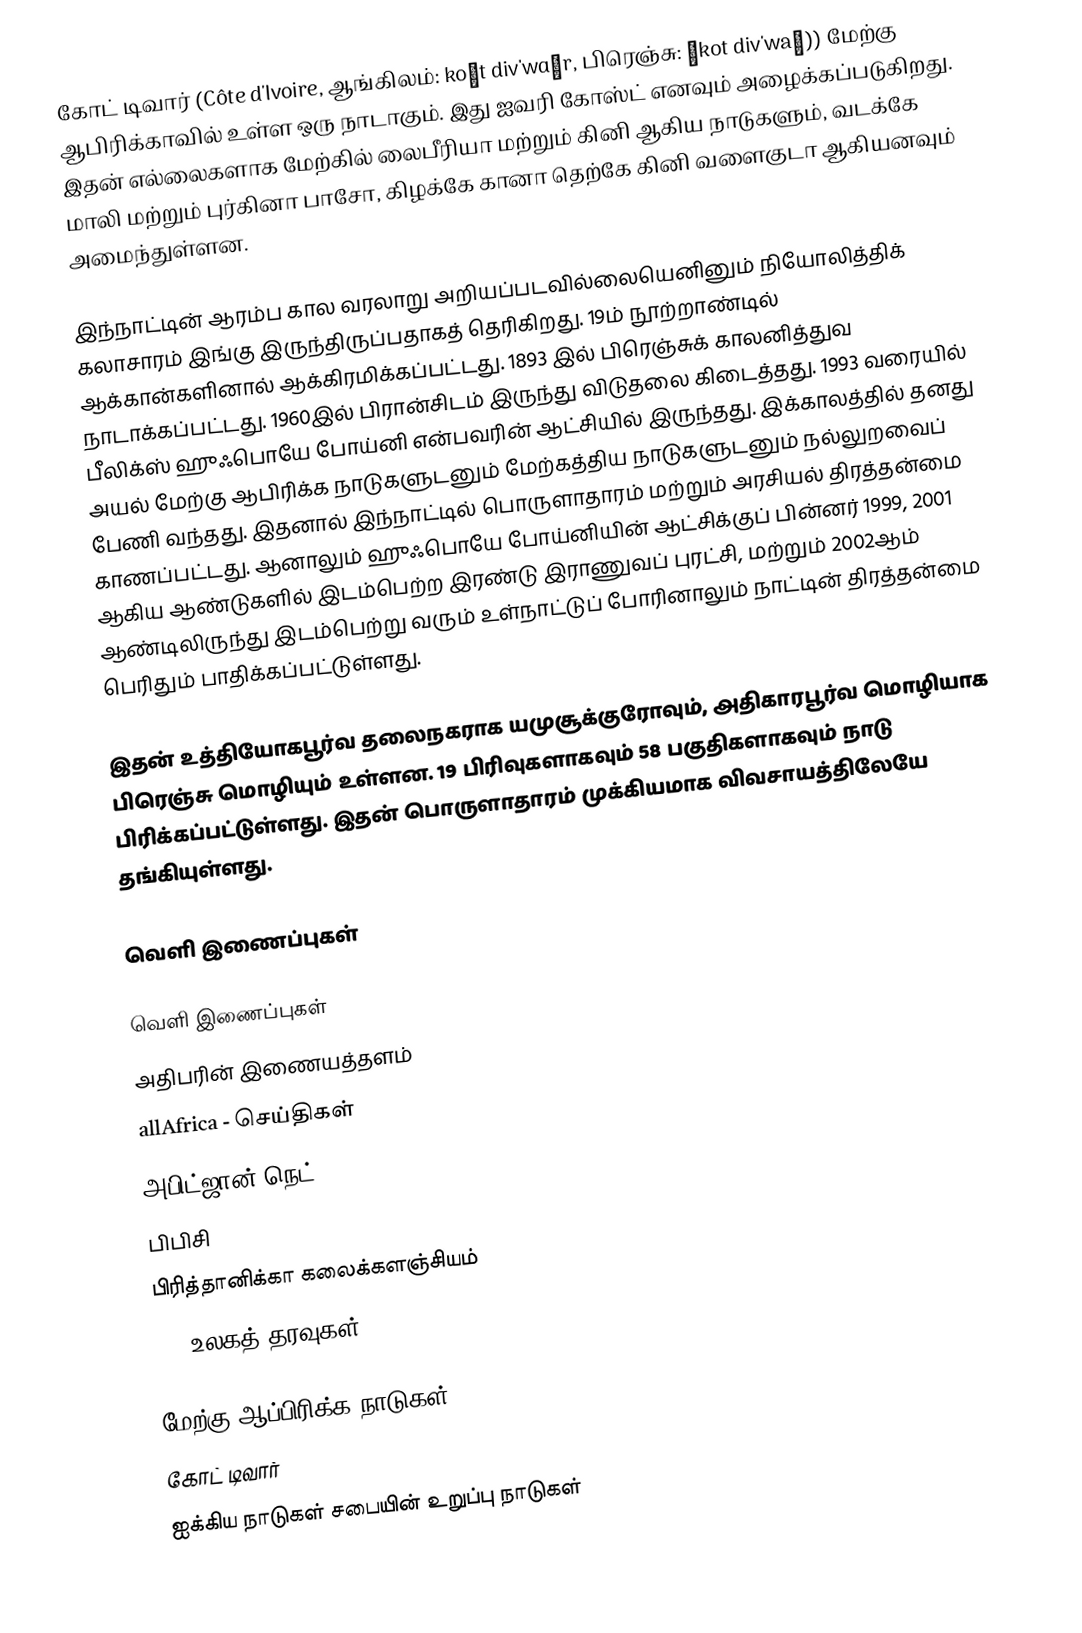
கோட் டிவார் (Côte d'Ivoire, ஆங்கிலம்: koʊt div'wɑːr, பிரெஞ்சு: ˌkot div'waʀ)) மேற்கு ஆபிரிக்காவில் உள்ள ஒரு நாடாகும். இது ஐவரி கோஸ்ட் எனவும் அழைக்கப்படுகிறது. இதன் எல்லைகளாக மேற்கில் லைபீரியா மற்றும் கினி ஆகிய நாடுகளும், வடக்கே மாலி மற்றும் புர்கினா பாசோ, கிழக்கே கானா தெற்கே கினி வளைகுடா ஆகியனவும் அமைந்துள்ளன.

இந்நாட்டின் ஆரம்ப கால வரலாறு அறியப்படவில்லையெனினும் நியோலித்திக் கலாசாரம் இங்கு இருந்திருப்பதாகத் தெரிகிறது. 19ம் நூற்றாண்டில் ஆக்கான்களினால் ஆக்கிரமிக்கப்பட்டது. 1893 இல் பிரெஞ்சுக் காலனித்துவ நாடாக்கப்பட்டது. 1960இல் பிரான்சிடம் இருந்து விடுதலை கிடைத்தது. 1993 வரையில் பீலிக்ஸ் ஹுஃபொயே போய்னி என்பவரின் ஆட்சியில் இருந்தது. இக்காலத்தில் தனது அயல் மேற்கு ஆபிரிக்க நாடுகளுடனும் மேற்கத்திய நாடுகளுடனும் நல்லுறவைப் பேணி வந்தது. இதனால் இந்நாட்டில் பொருளாதாரம் மற்றும் அரசியல் திரத்தன்மை காணப்பட்டது. ஆனாலும் ஹுஃபொயே போய்னியின் ஆட்சிக்குப் பின்னர் 1999, 2001 ஆகிய ஆண்டுகளில் இடம்பெற்ற இரண்டு இராணுவப் புரட்சி, மற்றும் 2002ஆம் ஆண்டிலிருந்து இடம்பெற்று வரும் உள்நாட்டுப் போரினாலும் நாட்டின் திரத்தன்மை பெரிதும் பாதிக்கப்பட்டுள்ளது.

இதன் உத்தியோகபூர்வ தலைநகராக யமுசூக்குரோவும், அதிகாரபூர்வ மொழியாக பிரெஞ்சு மொழியும் உள்ளன. 19 பிரிவுகளாகவும் 58 பகுதிகளாகவும் நாடு பிரிக்கப்பட்டுள்ளது. இதன் பொருளாதாரம் முக்கியமாக விவசாயத்திலேயே தங்கியுள்ளது.

வெளி இணைப்புகள்

வெளி இணைப்புகள்
 அதிபரின் இணையத்தளம்
 allAfrica - செய்திகள்
 அபிட்ஜான்.நெட்
 பிபிசி
 பிரித்தானிக்கா கலைக்களஞ்சியம்
 CIA உலகத் தரவுகள்

மேற்கு ஆப்பிரிக்க நாடுகள்
கோட் டிவார்
ஐக்கிய நாடுகள் சபையின் உறுப்பு நாடுகள்